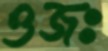
ওজঃ